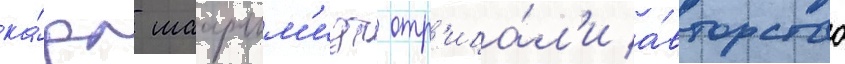
ка́рл шааршм'идт отр'ица́л'и а́вторство